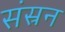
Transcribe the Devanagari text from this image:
संस्रन